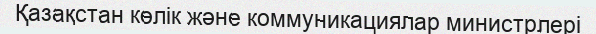
Қазақстан көлік және коммуникациялар министрлері